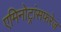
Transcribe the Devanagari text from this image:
एमिनोट्रांसफरेज